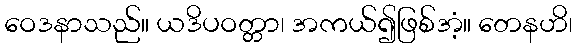
ဝေဒနာသည်။ ယဒိပဝတ္တာ၊ အကယ်၍ဖြစ်အံ့။ တေနဟိ၊